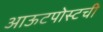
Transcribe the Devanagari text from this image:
आऊटपोस्टची